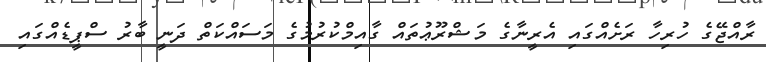
ރާއްޖޭގެ ހުރިހާ ރަށެއްގައި އެރީނާގެ މަޝްރޫޢުތައް ގާއިމްކުރުމުގެ މަސައްކަތް ދަނީ ބާރު ސްޕީޑެއްގައި